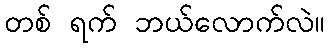
တစ် ရက် ဘယ်လောက်လဲ။